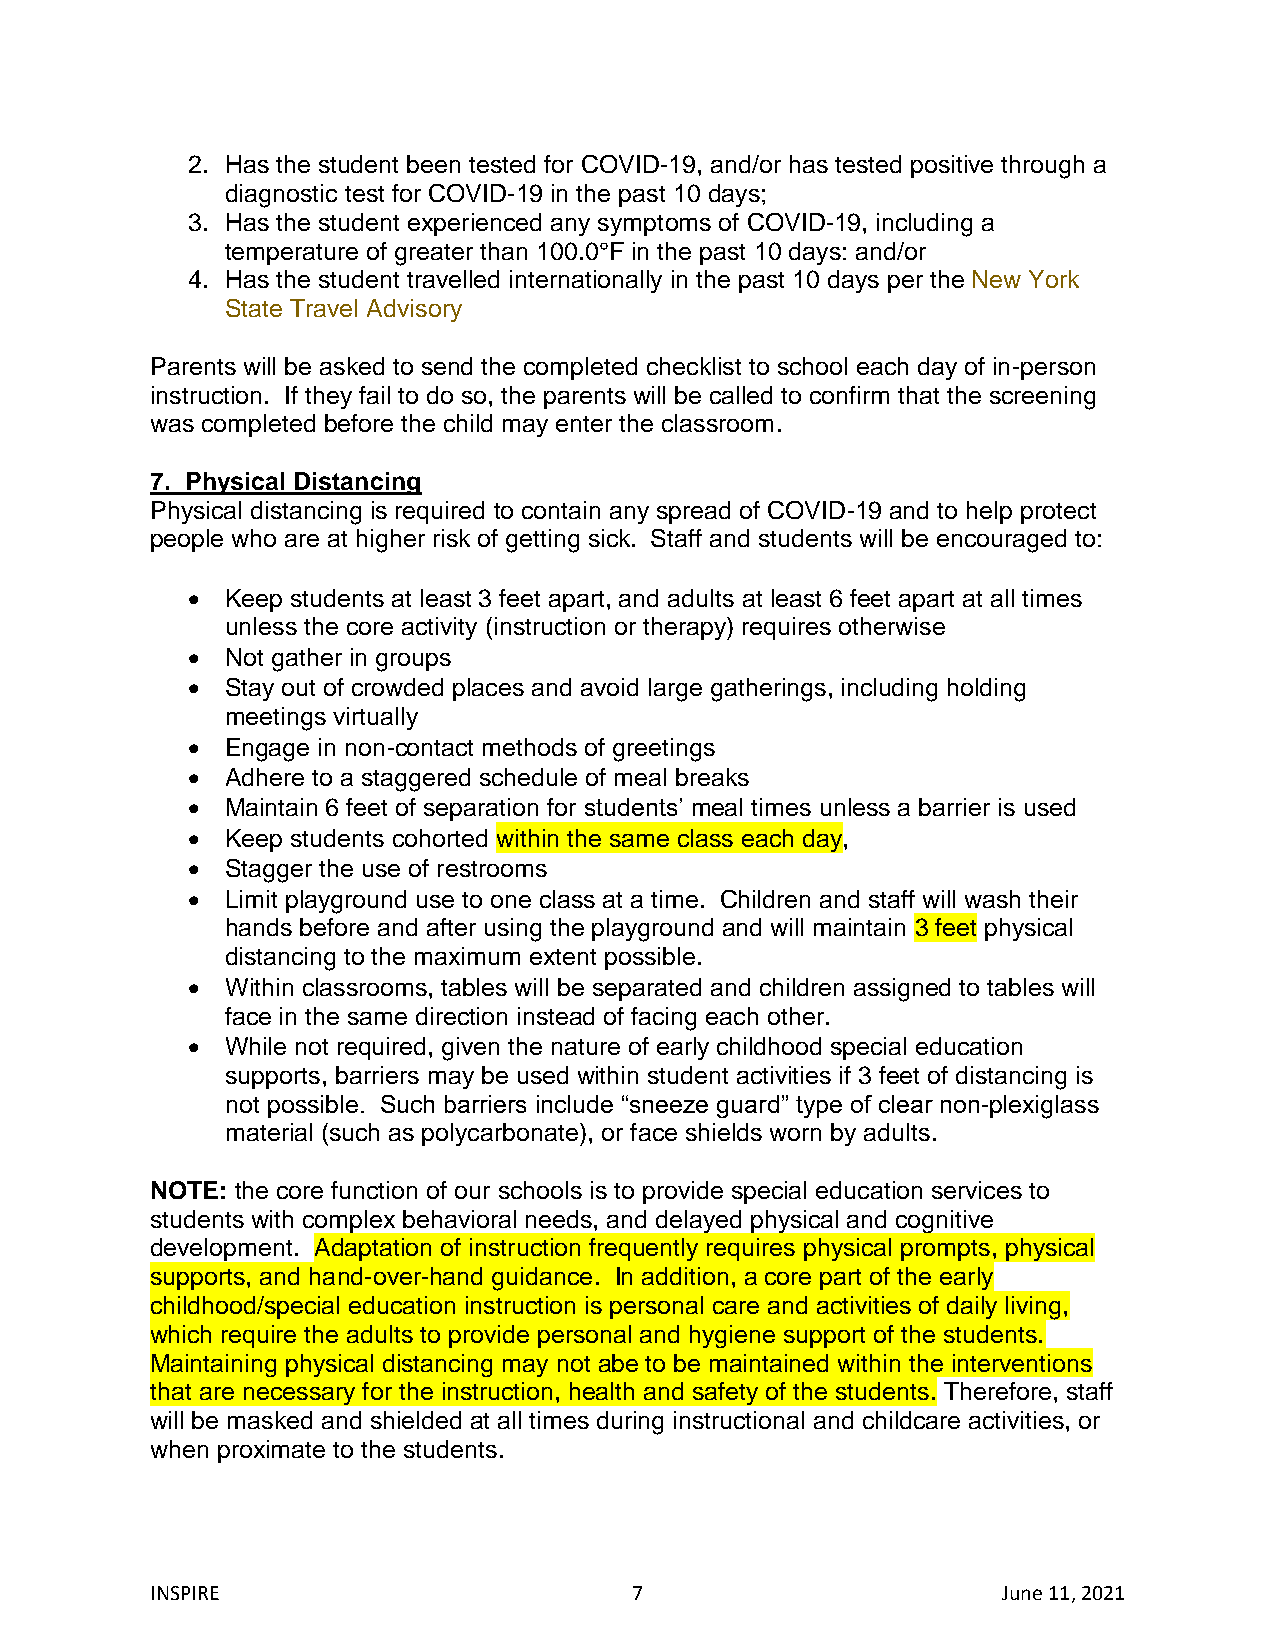
2. Has the student been tested for COVID-19, and/or has tested positive through a
 diagnostic test for COVID-19 in the past 10 days;
 3. Has the student experienced any symptoms of COVID-19, including a
 temperature of greater than 100.0°F in the past 10 days: and/or
 4. Has the student travelled internationally in the past 10 days per the New York
 State Travel Advisory
 Parents will be asked to send the completed checklist to school each day of in-person
 instruction. If they fail to do so, the parents will be called to confirm that the screening
 was completed before the child may enter the classroom.
 7. Physical Distancing
 Physical distancing is required to contain any spread of COVID-19 and to help protect
 people who are at higher risk of getting sick. Staff and students will be encouraged to:
   Keep students at least 3 feet apart, and adults at least 6 feet apart at all times
 unless the core activity (instruction or therapy) requires otherwise
   Not gather in groups
   Stay out of crowded places and avoid large gatherings, including holding
 meetings virtually
   Engage in non-contact methods of greetings
   Adhere to a staggered schedule of meal breaks
   Maintain 6 feet of separation for students’ meal times unless a barrier is used
   Keep students cohorted within the same class each day,
   Stagger the use of restrooms
   Limit playground use to one class at a time. Children and staff will wash their
 hands before and after using the playground and will maintain 3 feet physical
 distancing to the maximum extent possible.
   Within classrooms, tables will be separated and children assigned to tables will
 face in the same direction instead of facing each other.
   While not required, given the nature of early childhood special education
 supports, barriers may be used within student activities if 3 feet of distancing is
 not possible. Such barriers include “sneeze guard” type of clear non-plexiglass
 material (such as polycarbonate), or face shields worn by adults.
 NOTE: the core function of our schools is to provide special education services to
 students with complex behavioral needs, and delayed physical and cognitive
 development. Adaptation of instruction frequently requires physical prompts, physical
 supports, and hand-over-hand guidance. In addition, a core part of the early
 childhood/special education instruction is personal care and activities of daily living,
 which require the adults to provide personal and hygiene support of the students.
 Maintaining physical distancing may not abe to be maintained within the interventions
 that are necessary for the instruction, health and safety of the students. Therefore, staff
 will be masked and shielded at all times during instructional and childcare activities, or
 when proximate to the students.
 INSPIRE                         7                       June 11, 2021